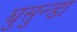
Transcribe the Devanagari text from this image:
घुसुन्डा